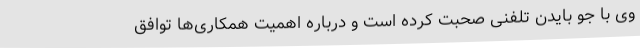
وی با جو بایدن تلفنی صحبت کرده است و درباره اهمیت همکاری‌ها توافق